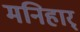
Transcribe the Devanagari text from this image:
मनिहार्